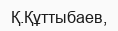
Қ.Құттыбаев,